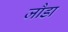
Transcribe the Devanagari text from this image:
जौडा